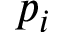
p _ { i }